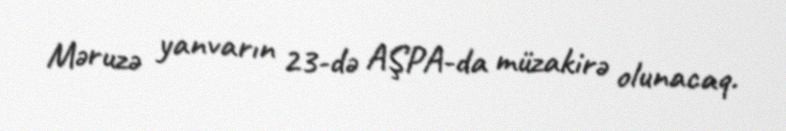
Məruzə yanvarın 23-də AŞPA-da müzakirə olunacaq.